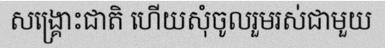
សង្គ្រោះជាតិ ហើយសុំចូលរួមរស់ជាមួយ